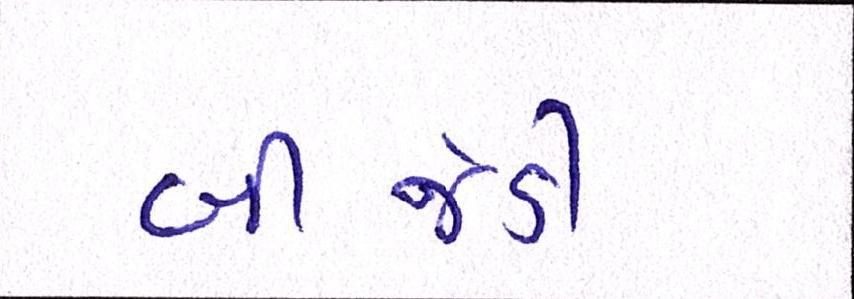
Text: બીજેડી